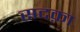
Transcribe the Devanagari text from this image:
सदक़ा